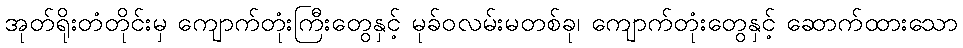
အုတ်ရိုးတံတိုင်းမှ ကျောက်တုံးကြီးတွေနှင့် မုခ်ဝလမ်းမတစ်ခု၊ ကျောက်တုံးတွေနှင့် ဆောက်ထားသော